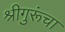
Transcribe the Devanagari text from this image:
श्रीगुरूंचा